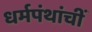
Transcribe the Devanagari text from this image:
धर्मपंथांचीं